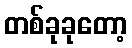
တစ်ခုခုတော့